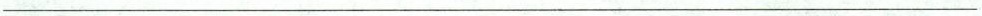
___